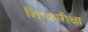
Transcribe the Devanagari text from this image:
शिष्यपरीक्षा